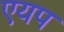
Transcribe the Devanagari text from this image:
एयप